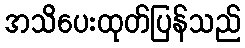
အသိပေးထုတ်ပြန်သည်